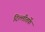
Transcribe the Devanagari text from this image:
दिल्लीतर्फे